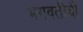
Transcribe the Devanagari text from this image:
भगवतीची